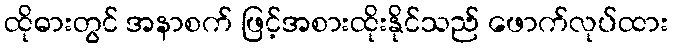
ထိုဓားတွင် အနာစက် ဖြင့်အစားထိုးနိုင်သည် ဖောက်လုပ်ထား